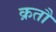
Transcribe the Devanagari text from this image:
क्रतौ